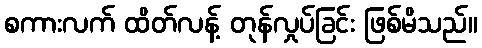
စကားလက် ထိတ်လန့် တုန်လှုပ်ခြင်း ဖြစ်မိသည်။